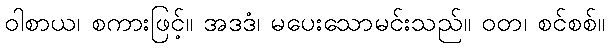
ဝါစာယ၊ စကားဖြင့်။ အဒဒံ၊ မပေးသောမင်းသည်။ ဝတ၊ စင်စစ်။